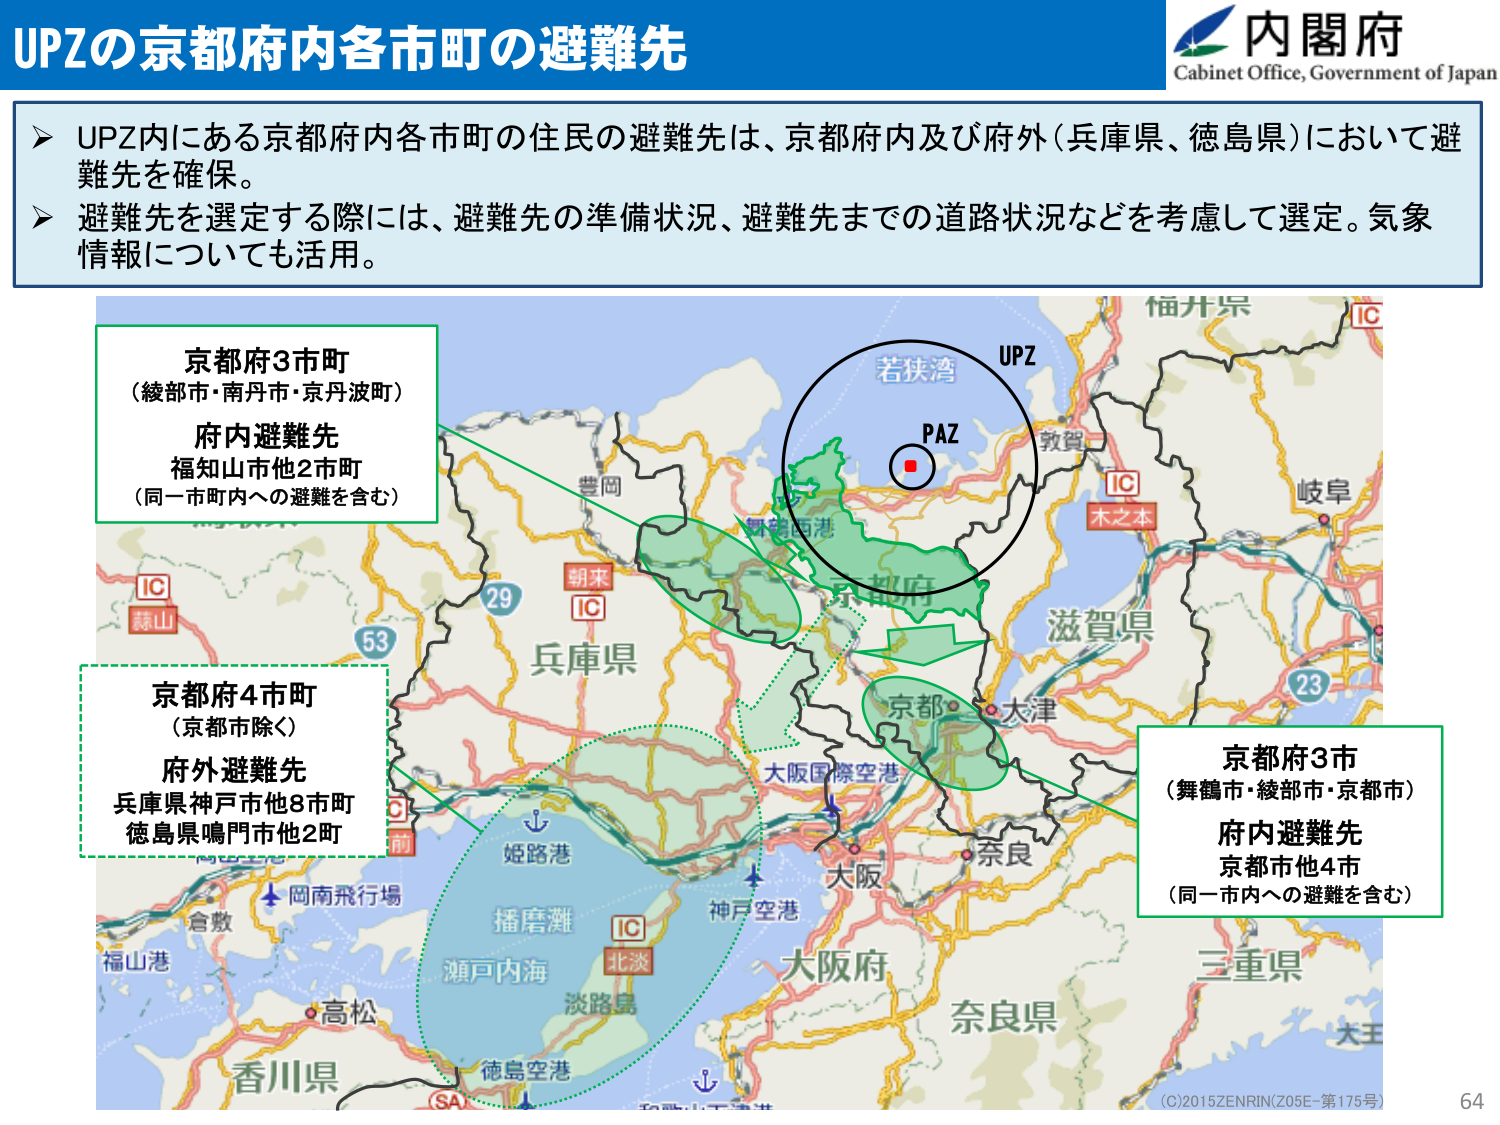
UPZの京都府内各市町の避難先

内閣府
Cabinet Office, Government of Japan

➤ UPZ内にある京都府内各市町の住民の避難先は、京都府内及び府外（兵庫県、徳島県）において避難先を確保。
➤ 避難先を選定する際には、避難先の準備状況、避難先までの道路状況などを考慮して選定。気象情報についても活用。

京都府3市町
（綾部市・南丹市・京丹波町）
府内避難先
福知山市他2市町
（同一市町内への避難を含む）

京都府4市町
（京都市除く）
府外避難先
兵庫県神戸市他8市町
徳島県鳴門市他2町

京都府3市
（舞鶴市・綾部市・京都市）
府内避難先
京都市他4市
（同一市内への避難を含む）

UPZ
PAZ
若狭湾
敦賀
木之本
岐阜
滋賀県
大阪国際空港
京都
大津
奈良
大阪府
奈良県
三重県
大王
神戸空港
姫路港
播磨灘
瀬戸内海
淡路島
北淡
徳島空港
香川県
高松
福山港
合歓
岡南飛行場
朝来
IC
53
29
兵庫県
豊岡
舞鶴西港
京都市
IC
IC
IC
IC
SA
（C）2015ZENRIN（Z05E-第175号）
64